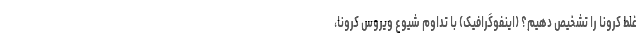
غلط کرونا را تشخیص دهیم؟ (اینفوگرافیک) با تداوم شیوع ویروس کرونا،